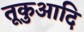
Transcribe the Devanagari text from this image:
तूकुआदि